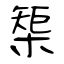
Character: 榘